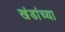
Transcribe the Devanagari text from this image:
खंडांच्‍या